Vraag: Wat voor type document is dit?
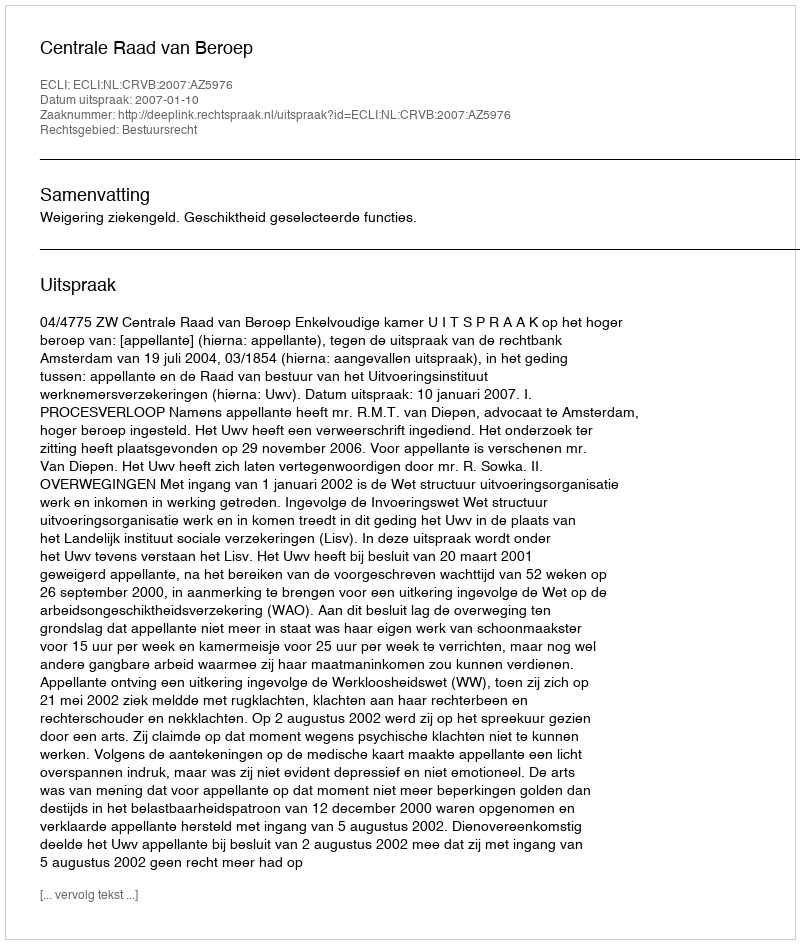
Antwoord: Uitspraak